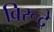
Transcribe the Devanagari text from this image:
बिरूदे